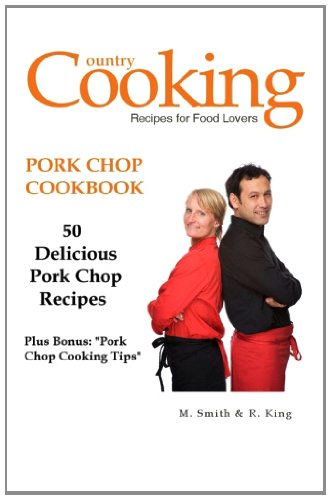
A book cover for Pork Chop Cookbook: 50 Delicious Pork Chop Recipes Plus Bonus: "Pork Chop Cooking Tips"; M. Smith; Cookbooks, Food & Wine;